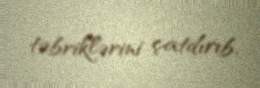
təbriklərini çatdırıb.